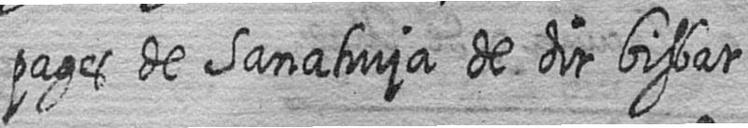
pages de Sanahuja de dit bisbat